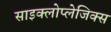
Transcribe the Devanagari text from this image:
साइक्लोप्लेजिक्स